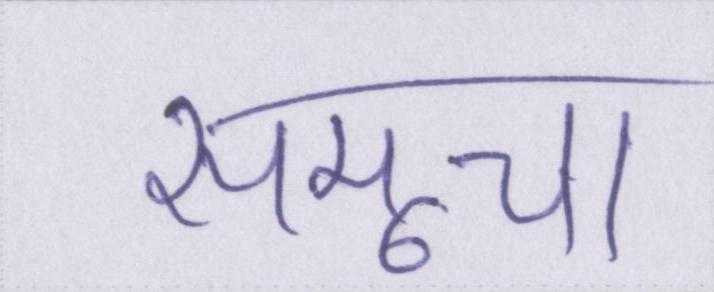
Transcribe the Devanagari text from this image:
समूचा